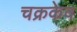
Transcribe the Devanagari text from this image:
चक्रकेव